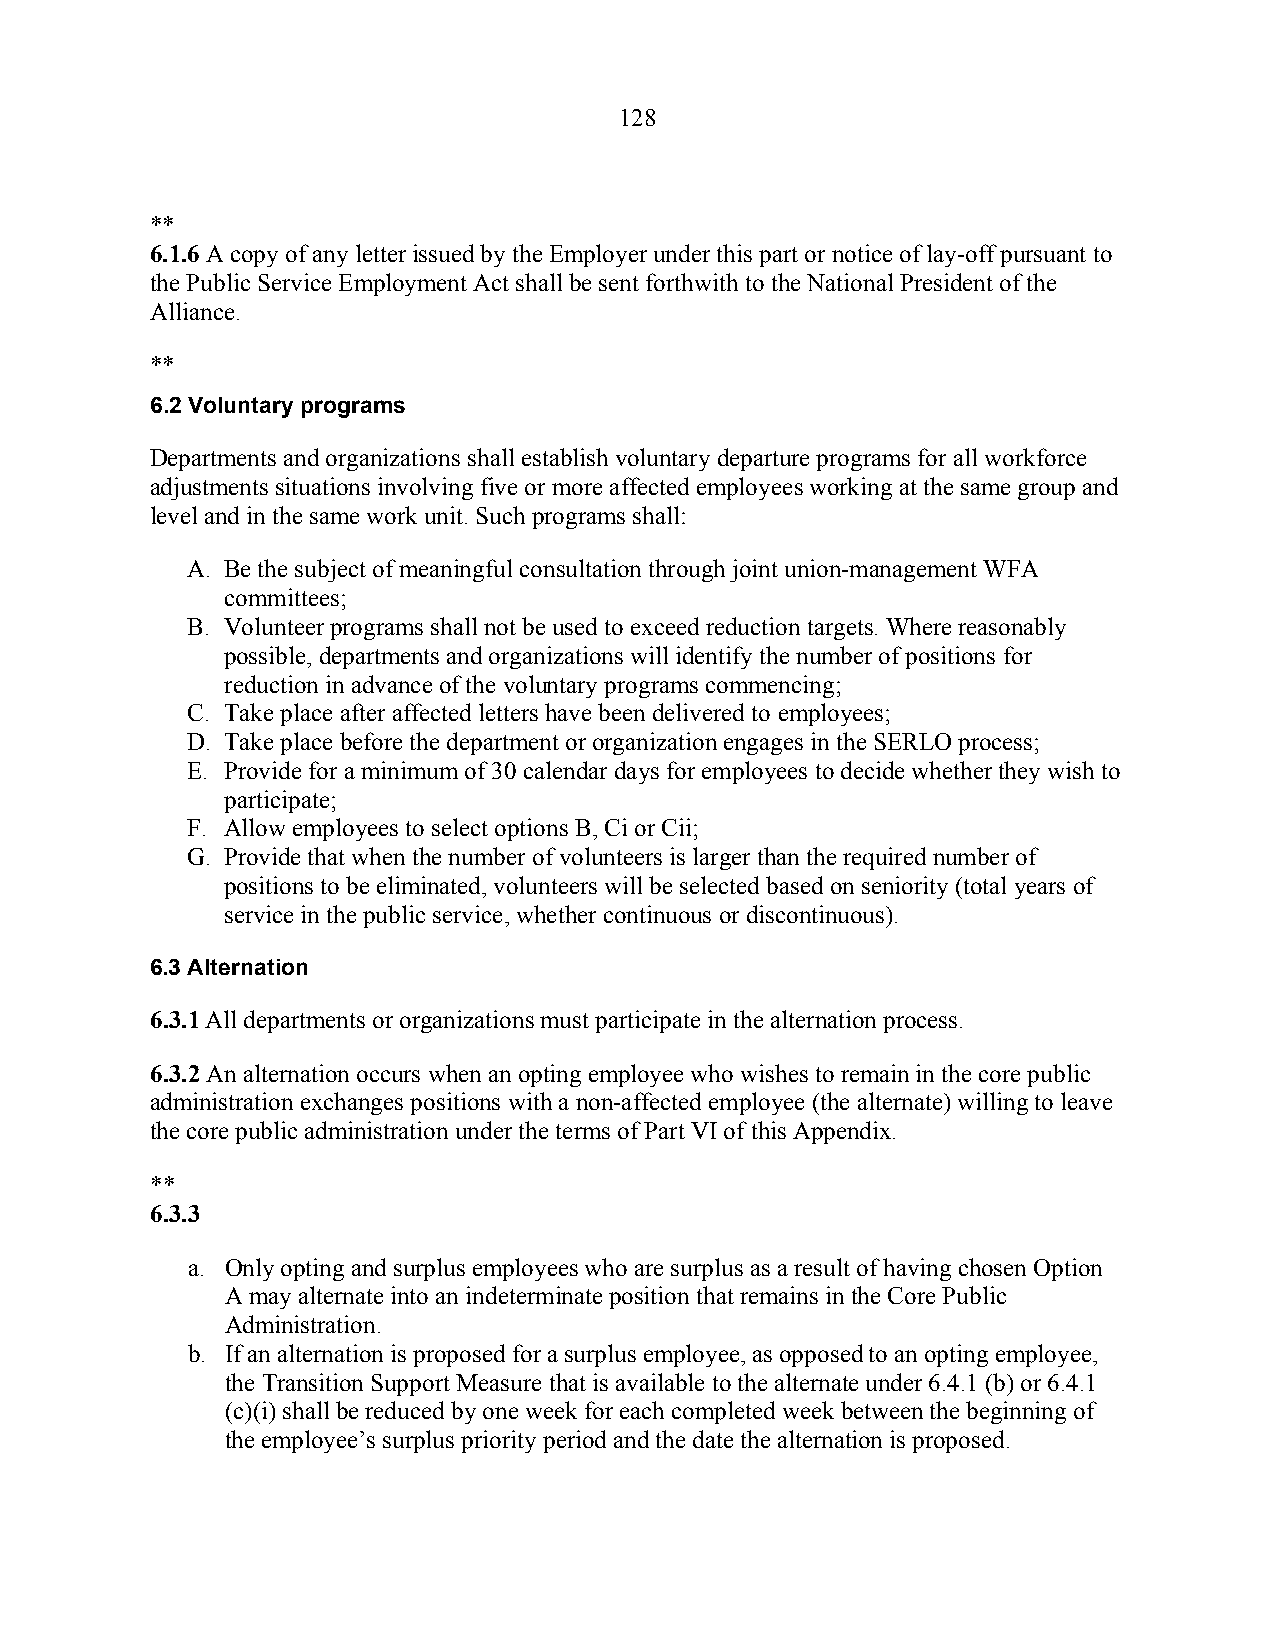
128
 **
 6.1.6 A copy of any letter issued by the Employer under this part or notice of lay-off pursuant to
 the Public Service Employment Act shall be sent forthwith to the National President of the
 Alliance.
 **
 6.2 Voluntary programs
 Departments and organizations shall establish voluntary departure programs for all workforce
 adjustments situations involving five or more affected employees working at the same group and
 level and in the same work unit. Such programs shall:
 A. Be the subject of meaningful consultation through joint union-management WFA
 committees;
 B. Volunteer programs shall not be used to exceed reduction targets. Where reasonably
 possible, departments and organizations will identify the number of positions for
 reduction in advance of the voluntary programs commencing;
 C. Take place after affected letters have been delivered to employees;
 D. Take place before the department or organization engages in the SERLO process;
 E. Provide for a minimum of 30 calendar days for employees to decide whether they wish to
 participate;
 F. Allow employees to select options B, Ci or Cii;
 G. Provide that when the number of volunteers is larger than the required number of
 positions to be eliminated, volunteers will be selected based on seniority (total years of
 service in the public service, whether continuous or discontinuous).
 6.3 Alternation
 6.3.1 All departments or organizations must participate in the alternation process.
 6.3.2 An alternation occurs when an opting employee who wishes to remain in the core public
 administration exchanges positions with a non-affected employee (the alternate) willing to leave
 the core public administration under the terms of Part VI of this Appendix.
 **
 6.3.3
 a. Only opting and surplus employees who are surplus as a result of having chosen Option
 A may alternate into an indeterminate position that remains in the Core Public
 Administration.
 b. If an alternation is proposed for a surplus employee, as opposed to an opting employee,
 the Transition Support Measure that is available to the alternate under 6.4.1 (b) or 6.4.1
 (c)(i) shall be reduced by one week for each completed week between the beginning of
 the employee’s surplus priority period and the date the alternation is proposed.